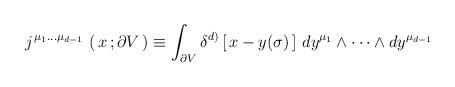
LaTeX: \begin{align*}j^{\,\mu_1\dots\mu_{d-1}\,}\left(\, x\, ; \partial V \,\right)\equiv\int_{\partial V} \delta^{d)}\left[\, x - y(\sigma)\,\right] \, dy^{\mu_1}\wedge \dots\wedge dy^{\mu_{d-1}}\end{align*}